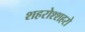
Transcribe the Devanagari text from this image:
शहरोश्शहरो